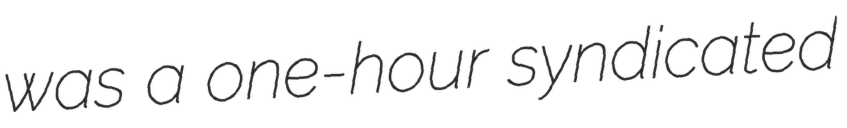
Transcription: was a one-hour syndicated